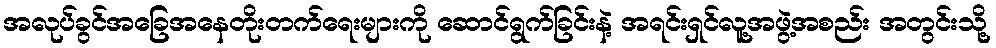
အလုပ်ခွင်အခြေအနေတိုးတက်ရေးများကို ဆောင်ရွက်ခြင်းနဲ့ အရင်းရှင်လူ့အဖွဲ့အစည်း အတွင်းသို့